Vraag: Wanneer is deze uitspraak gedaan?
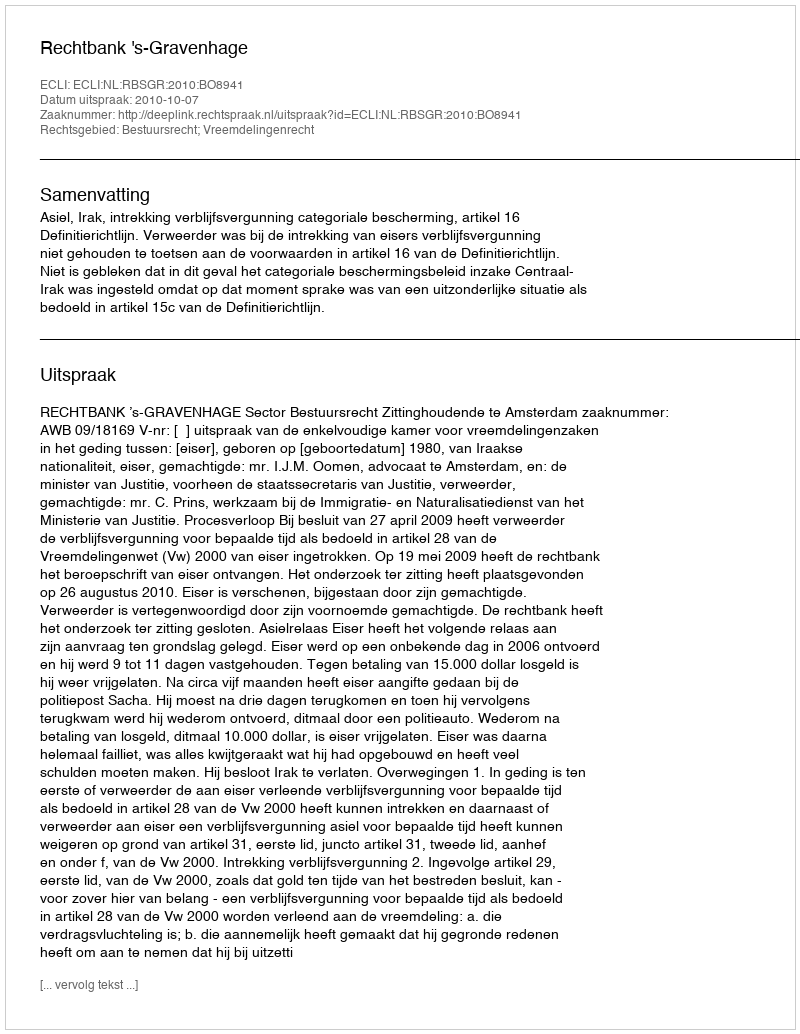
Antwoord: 2010-10-07